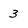
Character: 3